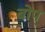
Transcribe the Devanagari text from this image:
बोप्